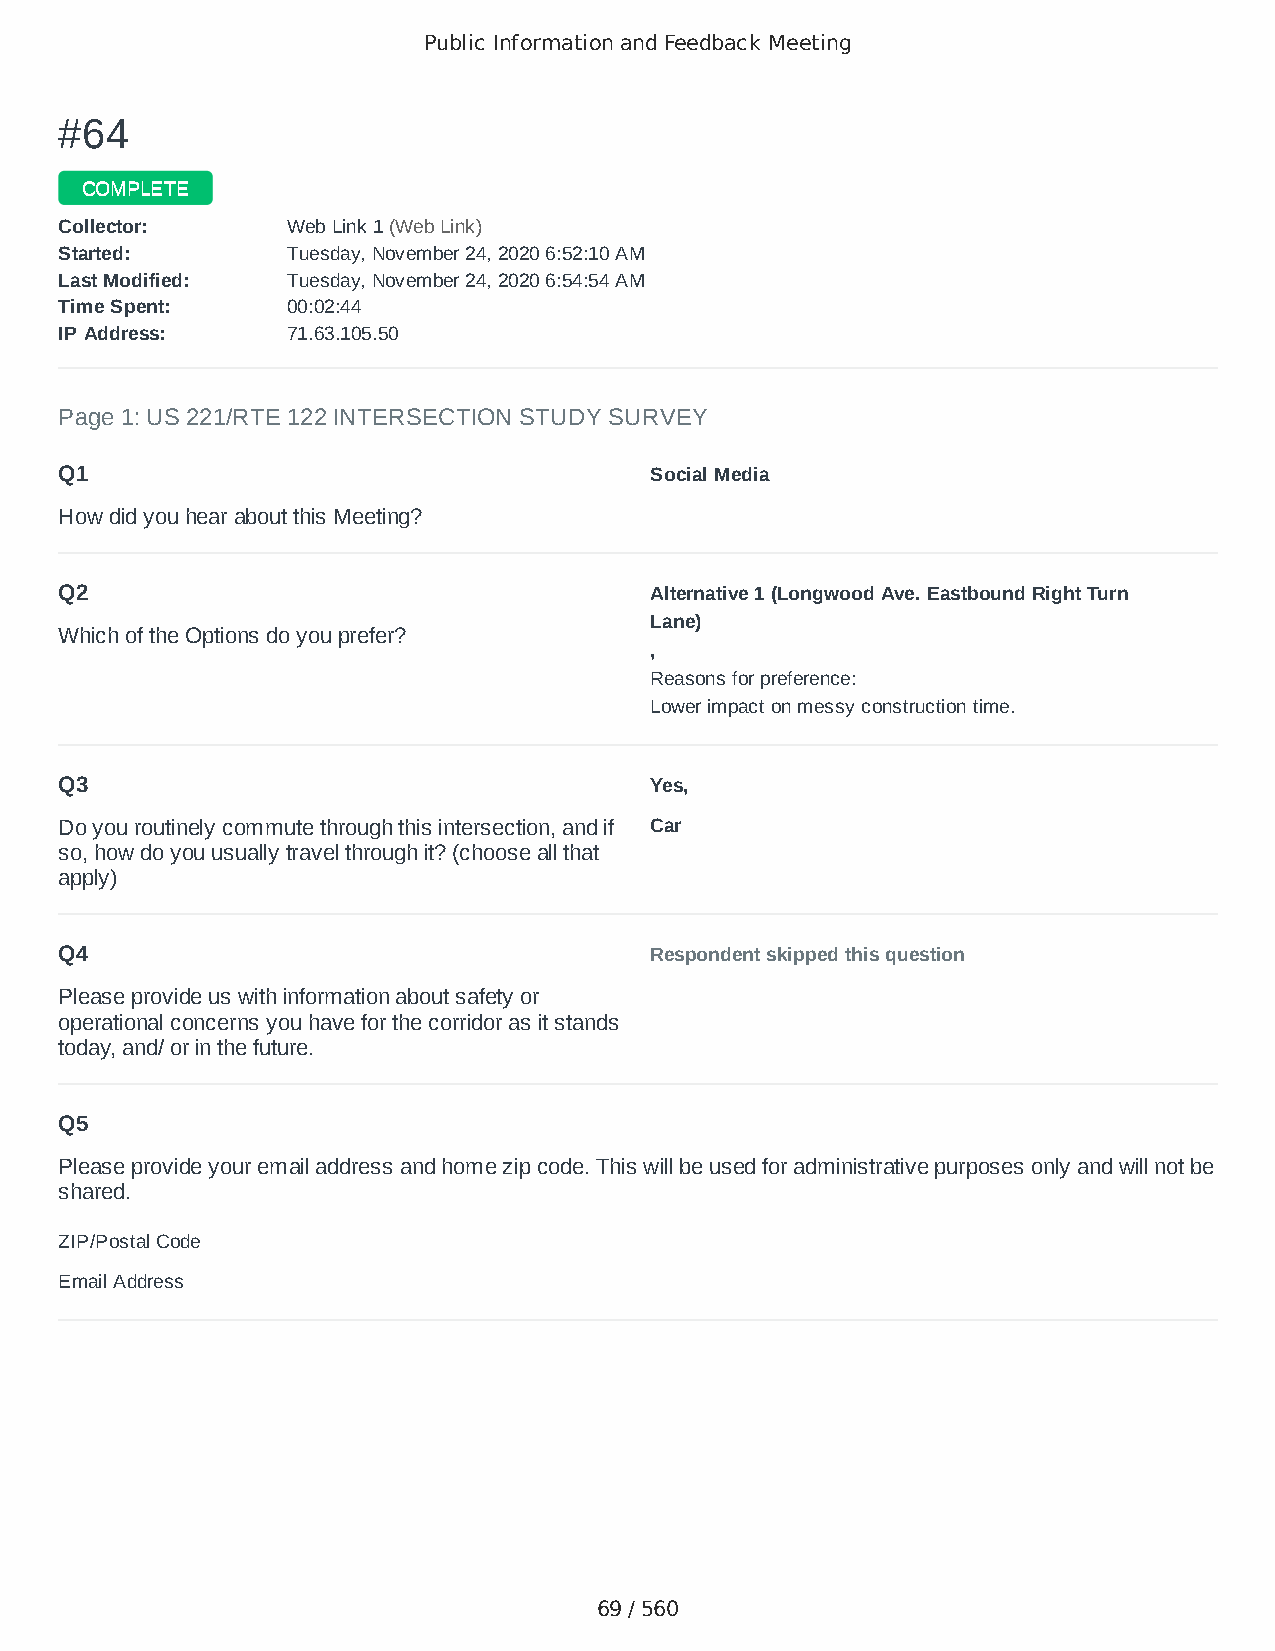
Public Information and Feedback Meeting
 ##6644
 CCOOMMPPLLEETTEE
 CCoolllleeccttoorr:: WWeebb LLiinnkk 11 ((WWeebb LLiinnkk))
 SSttaarrtteedd:: TTuueessddaayy,, NNoovveemmbbeerr 2244,, 22002200 66::5522::1100 AAMM
 LLaasstt MMooddiiffiieedd:: TTuueessddaayy,, NNoovveemmbbeerr 2244,, 22002200 66::5544::5544 AAMM
 TTiimmee SSppeenntt:: 0000::0022::4444
 IIPP AAddddrreessss:: 7711..6633..110055..5500
 Page 1: US 221/RTE 122 INTERSECTION STUDY SURVEY
 Q1                                     Social Media
 How did you hear about this Meeting?
 Q2                                     Alternative 1 (Longwood Ave. Eastbound Right Turn
 Lane)
 Which of the Options do you prefer?
 ,
 Reasons for preference:
 Lower impact on messy construction time.
 Q3                                     Yes,
 Do you routinely commute through this intersection, and if Car
 so, how do you usually travel through it? (choose all that
 apply)
 Q4                                     Respondent skipped this question
 Please provide us with information about safety or
 operational concerns you have for the corridor as it stands
 today, and/ or in the future.
 Q5
 Please provide your email address and home zip code. This will be used for administrative purposes only and will not be
 shared.
 ZIP/Postal Code                        24523
 Email Address                          emileef@gmail.com
 69 / 560